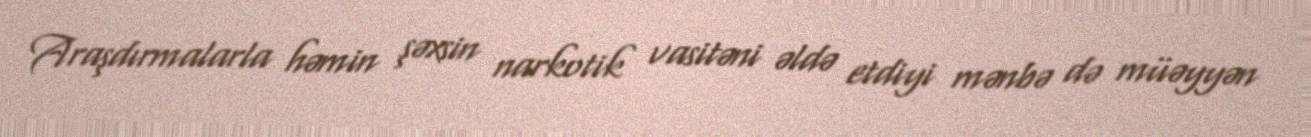
Araşdırmalarla həmin şəxsin narkotik vasitəni əldə etdiyi mənbə də müəyyən